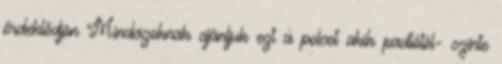
érdeklődjön Mindazoknak ajánljuk ezt a polcot akik padlótól- szinte